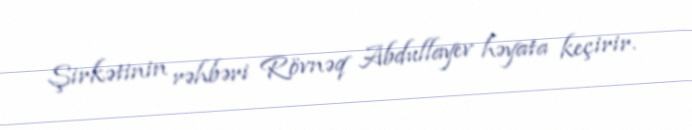
Şirkətinin rəhbəri Rövnəq Abdullayev həyata keçirir.